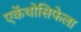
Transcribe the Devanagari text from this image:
एकेंथोसिफेला